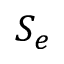
S _ { e }